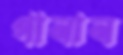
পানান